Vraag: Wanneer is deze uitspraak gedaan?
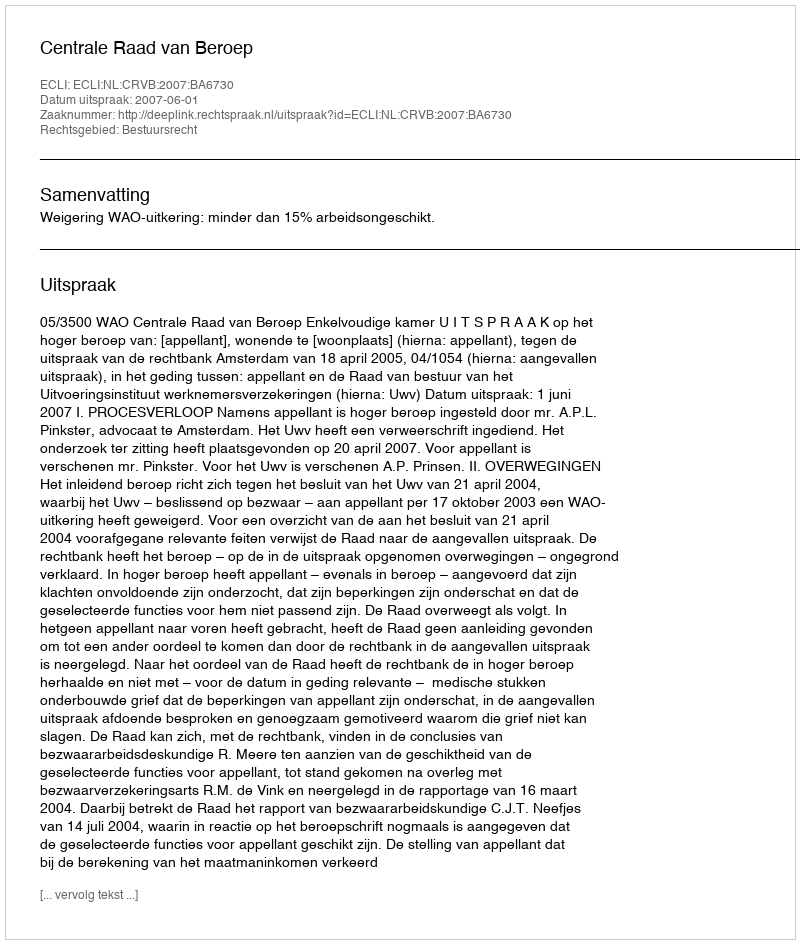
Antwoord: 2007-06-01